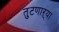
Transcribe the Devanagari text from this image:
तुटणाऱ्या